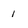
Character: 1